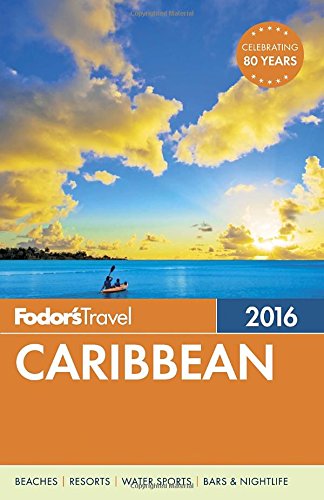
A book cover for Fodor's Caribbean 2016 (Full-color Travel Guide); Fodor's; Travel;